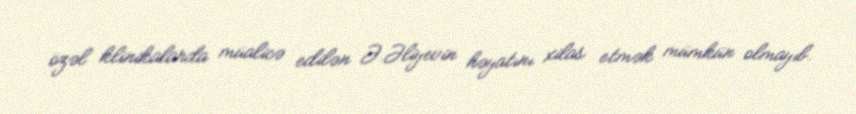
özəl klinikalarda müalicə edilən Ə.Əliyevin həyatını xilas etmək mümkün olmayıb.